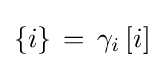
\{i\}\,=\,\gamma _{i}\,[i]